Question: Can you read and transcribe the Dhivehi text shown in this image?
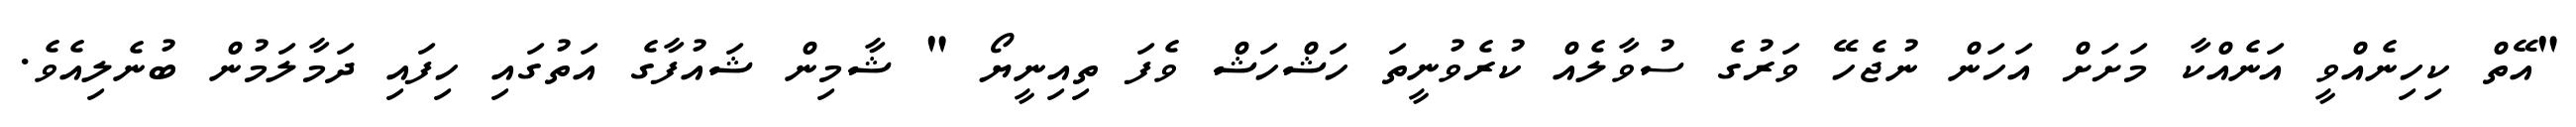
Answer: "އޭތް ކިހިނެއްވީ އަނެއްކާ މަށަށް އަހަން ނުޖެހޭ ވަރުގެ ސުވާލެއް ކުރެވުނީތަ ހަޝްހަޝް ވެފަ ތިއިނީޔޯ " ޝާމިން ޝައުފާގެ އަތުގައި ހިފައި ދަމާލަމުން ބުނެލިއެވެ.